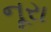
નૂરા